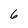
Character: 6